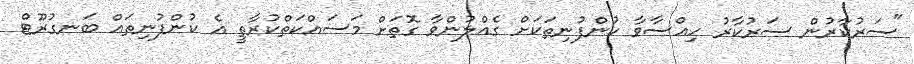
"ސަރުކާރުން ސަރުކާރު ހިއްސާވާ ކުންފުނިތަކަށް ގެއްލުންވާ ގޮތަށް މަސައްކަތްކުރާތީ އެ ކުންފުނިތައް ބަނގުރޫޓް